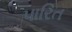
પારિત